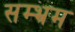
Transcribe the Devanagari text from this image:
सम्भ्रम